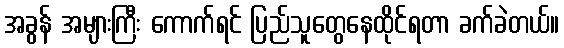
အခွန် အများကြီး ကောက်ရင် ပြည်သူတွေနေထိုင်ရတာ ခက်ခဲတယ်။